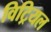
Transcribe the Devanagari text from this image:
विट्रियल